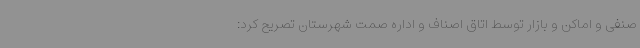
صنفی و اماکن و بازار توسط اتاق اصناف و اداره صمت شهرستان تصریح کرد: